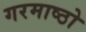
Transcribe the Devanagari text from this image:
गरमाष्ठो